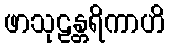
ဖာသုဠန္တရိကာဟိ